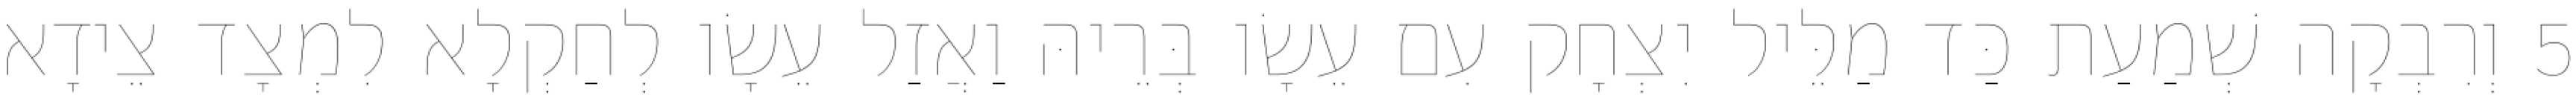
5 וְרִבְקָה שְׁמַעַת כַּד מַלֵּיל יִצְחָק עִם עֵשָׂו בְּרֵיהּ וַאֲזַל עֵשָׂו לְחַקְלָא לִמְצָד צֵידָא